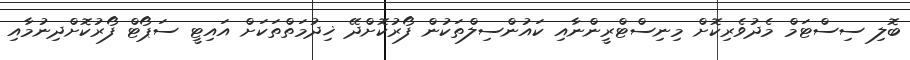
ބޮލި ސިސްޓަމް މެދުވެރިކޮށް މިނިސްޓްރީންނާއި ކައުންސިލްތަކުން ފޯރުކޮށްދޭ ޚިދުމަތްތަކަށް އައިޓީ ސަޕޯޓް ފޯރުކޮށްދިނުމާއި